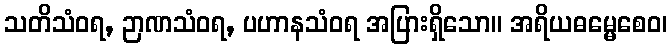
သတိသံဝရ, ဉာဏသံဝရ, ပဟာနသံဝရ အပြားရှိသော။ အရိယဓမ္မေစေဝ၊